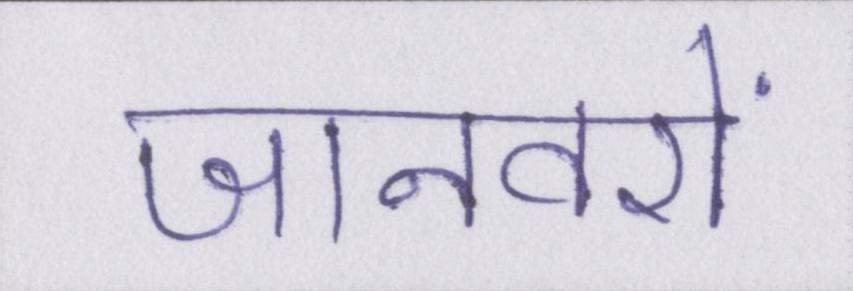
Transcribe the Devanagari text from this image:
जानवरों